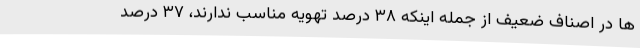
ها در اصناف ضعیف از جمله اینکه ۳۸ درصد تهویه مناسب ندارند، ۳۷ درصد